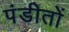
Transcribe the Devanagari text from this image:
पंडीतों